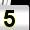
Digit: 5